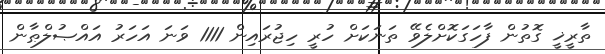
ތާރީޚީ ގޮތުން ފާހަގަކޮށްލެވޭ ތަނަކަށް ހުރީ ހިޖުރައިން 1111 ވަނަ އަހަރު އައްޞުލްޠާން